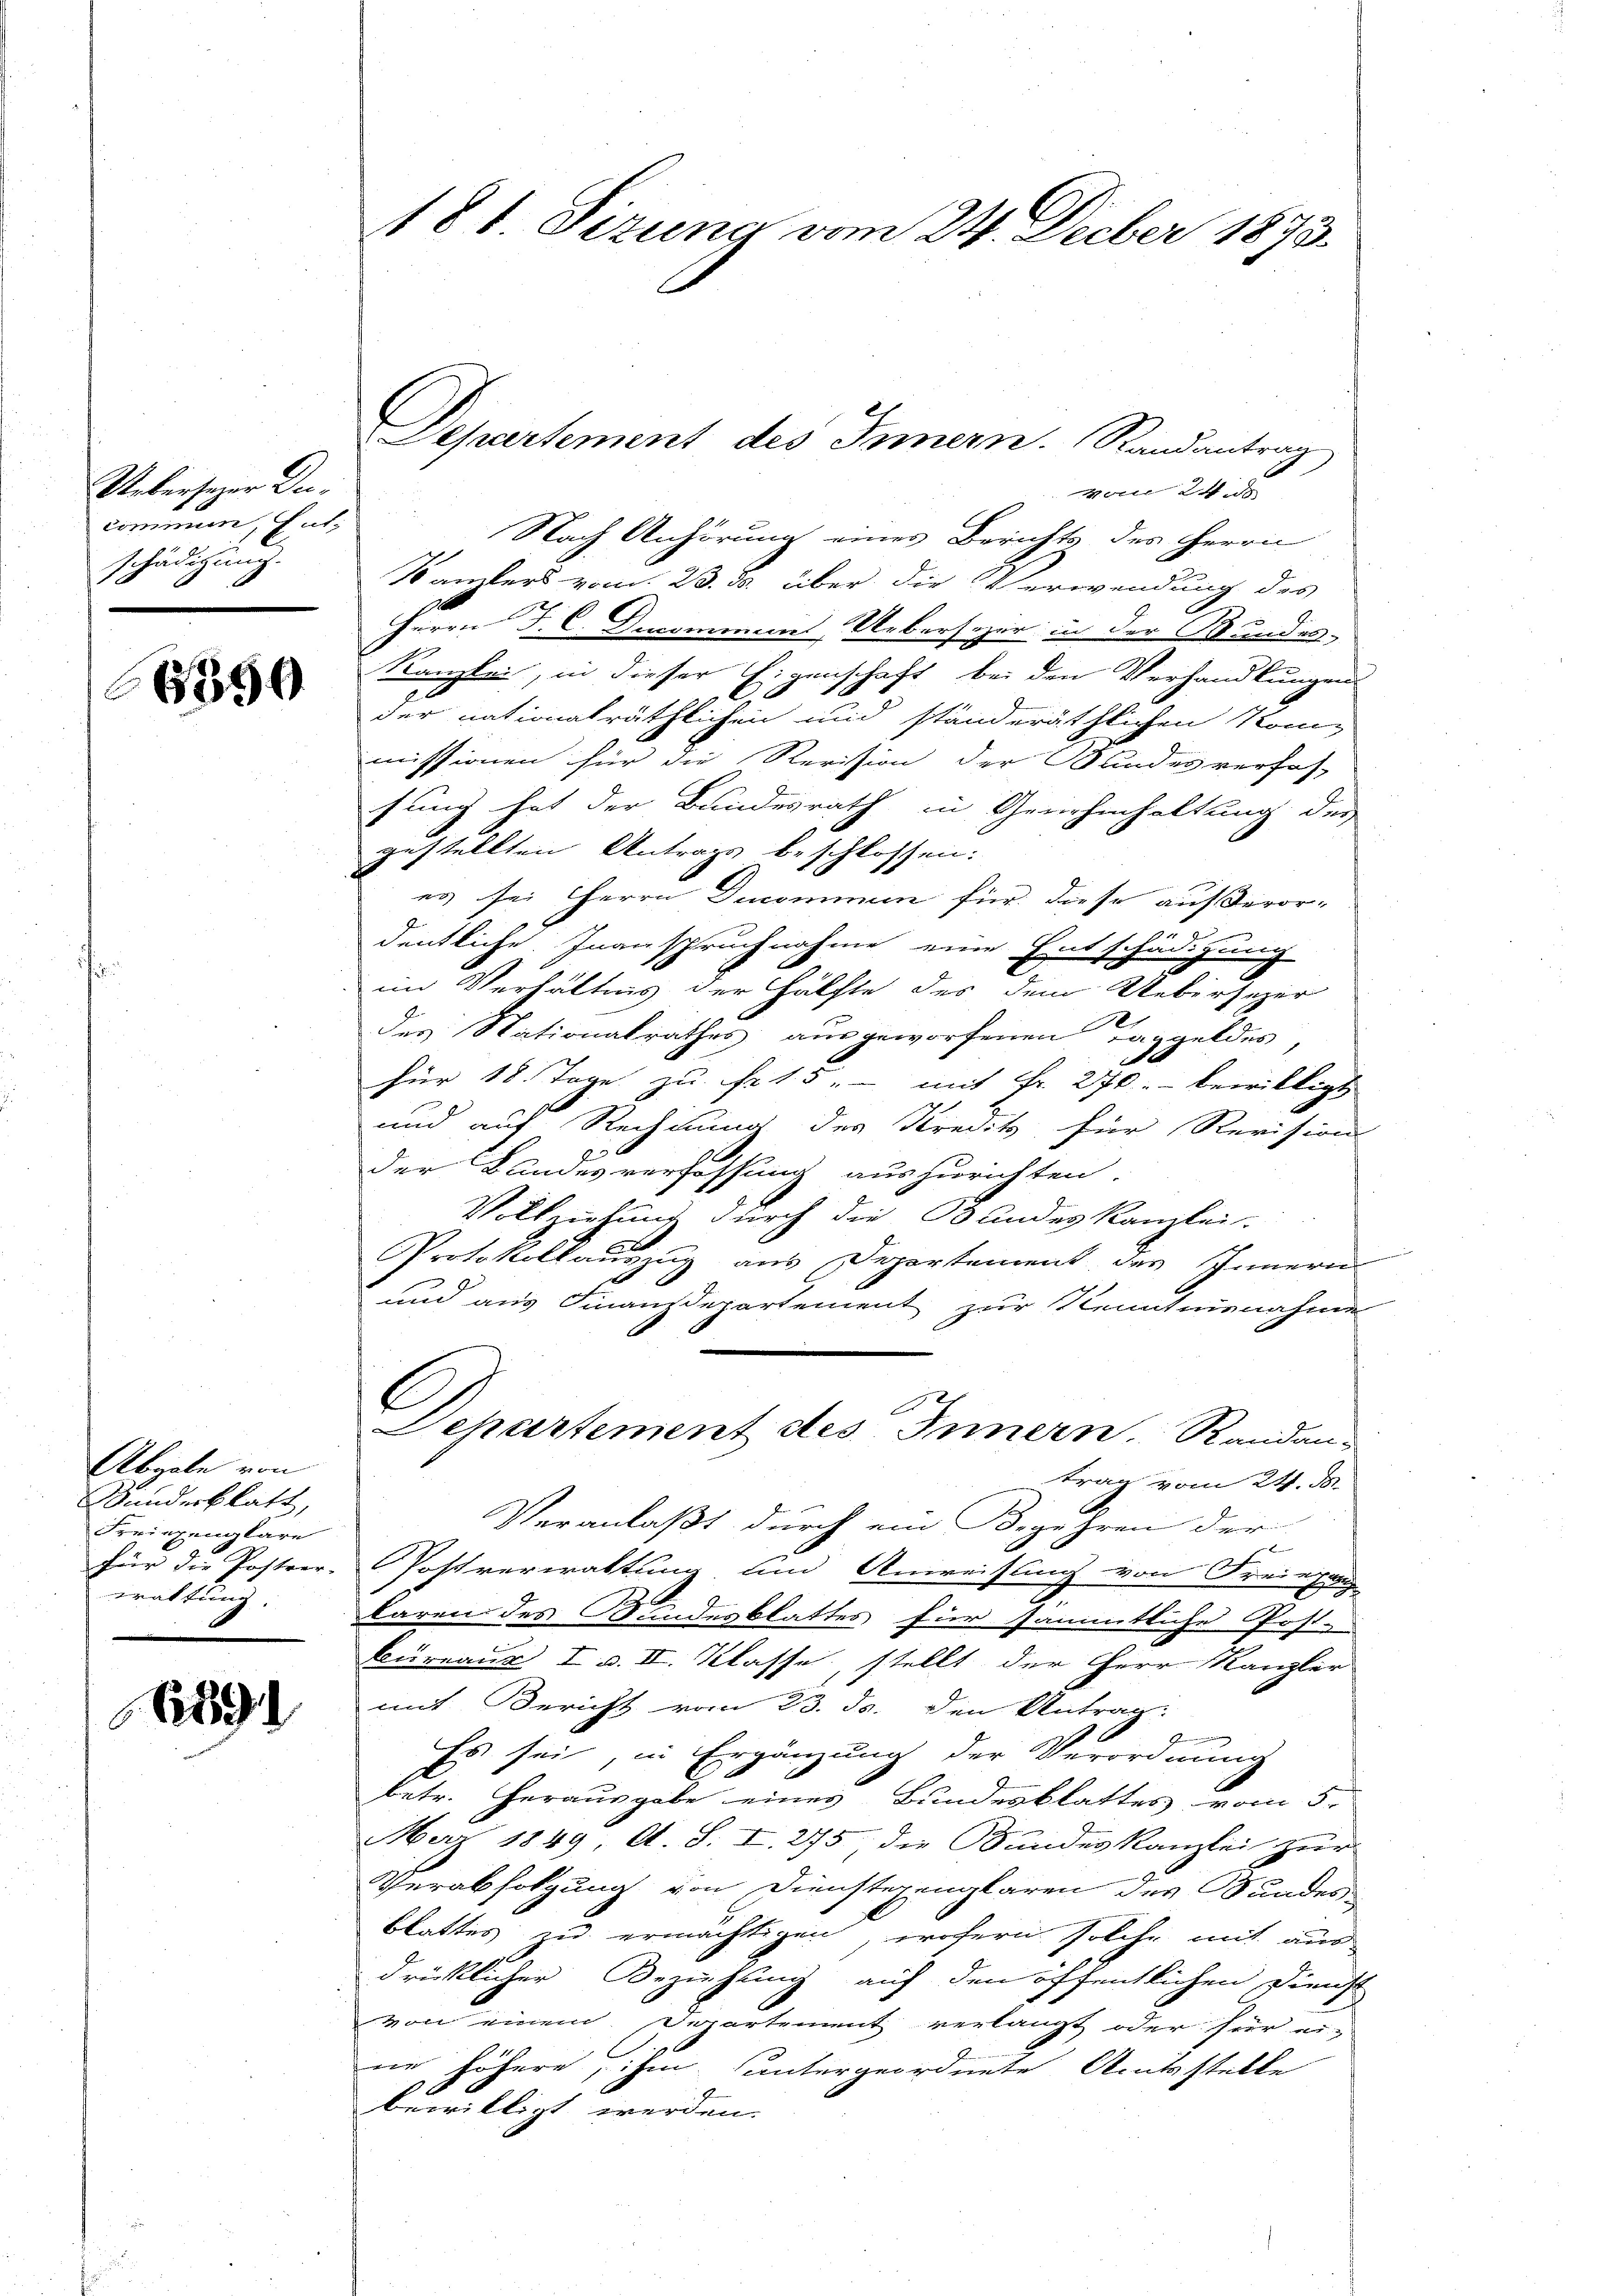
Uebersezer Deicommun, Entschädigung.
.

6390

Abgabe von
anderblatt,
Freinginalare
für die Postver-
waltung.

1891

181 Sizung vom 24. Decber 1873.

Departement des Innern. Randantrag

vom 24.
Nach Anhörung eines Berichts des Herrn
Kanzlers vom 23. ds. über die Verwendung des
Herrn J. C. Decominem Uebersezer in der Wundes-
Kanzlei, in dieser Eigenschaft bei den Verhandlungens
der nationalräthlichen und ständeräthlichen Kommissionen für die Revision der Bundesverhos-
fung hat der Bundesrath in Genehmhaltung des
gestellten Antrags beschlossen.
es sei Herrn Denominum für diese außeror-

1
dentliche Inanspruchnahme eine Entschädigung
im Verhältnis der Hälfte des dem Uebersezer
e
des Stationalrathes ausgeworfenen Taggeldes
.
für 18. Tage zu Fr. 15. - mit Fr. 270. bewilligt
und auf Rechnung des Kredit für Revisions
der Landesverfassung auszurichten.
Vollziehung durch die Bundeskanzlei.
Protokollauszug aus Departement des Innern
und aus Finanzdepartement zur Kenntnisnahme
C
Departement des Innern, Randan-
trag vom 24. d.
Veranlaßt durch ein Begehren der

Postverwaltung und Anweisung von Freinzug
baren des Bundesblattes für sämmtliche Post-
Büreaux I. d. II. Klasse, stellt der Herr Kanzler
mit Bericht vom 23. ds. den Antrag:
2
Es sei, in Ergänzung der Verordnung
betr. Herausgabe eines Bundesblattes vom 5.
Merz 1849 et S. I. 275 die Sandeskanzlei zur
Verabfolgung von Dienstegenglaren des Bundes-
blattes zu ermächtigen, wofern solche mit aus-
drüklicher Beziehung auf den öffentlichen Dienst
von einem Departement verlangt oder für ei-
ne höhere, ihm untergeordnete Amtsstelle
bewilligt werden.